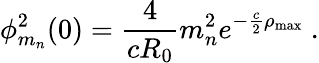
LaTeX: \phi_{m_{n}}^{2}(0)=\frac{4}{cR_{0}}m_{n}^{2}e^{-\frac{c}{2}\rho_{\mathrm{max}}}~.